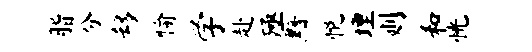
脂分移愉学赴殛黯悦埋则和恍